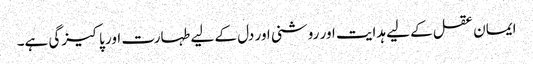
ایمان عقل کے لیے ہدایت اور روشنی اور دل کے لیے طہارت اور پاکیزگی ہے۔